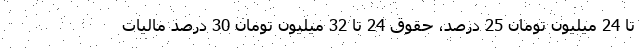
تا 24 میلیون تومان 25 درصد، حقوق 24 تا 32 میلیون تومان 30 درصد مالیات